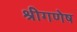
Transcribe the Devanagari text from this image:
श्रीगणेष